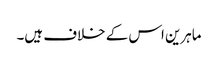
ماہرین اس کے خلاف ہیں۔